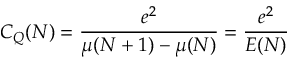
C _ { Q } ( N ) = { \frac { e ^ { 2 } } { \mu ( N + 1 ) - \mu ( N ) } } = { \frac { e ^ { 2 } } { E ( N ) } }